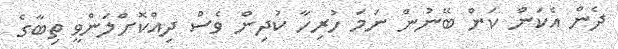
ދެން އެކަން ކަން ބޭނުން ނަމަ ހުރިހާ ކުދިން ވެސް ދިއްކޮށްލަންވީ ތިބާގެ